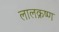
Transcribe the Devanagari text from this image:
लालक्रष्ण